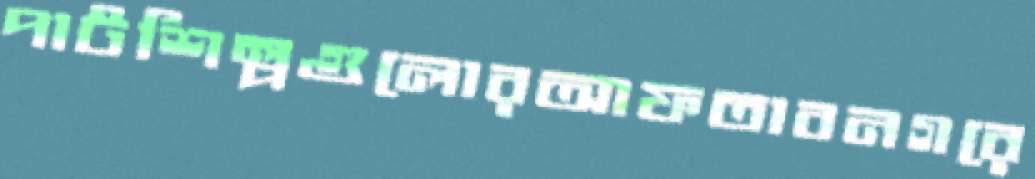
পাটশিল্পগুলোরআফতাবনগরে